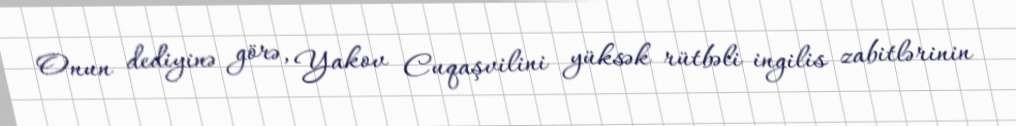
Onun dediyinə görə, Yakov Cuqaşvilini yüksək rütbəli ingilis zabitlərinin